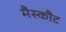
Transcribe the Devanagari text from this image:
मैस्कौट